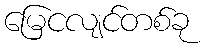
မြေငလျင်တစ်ခု